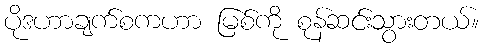
ပိုဒဟာချက်စကဟာ မြစ်ကို စုန်ဆင်းသွားတယ်။